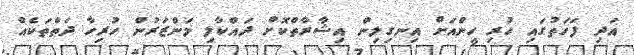
އަދި ފަހަތުގައި ހުރި ހީންއަށް އިނގިލިން އިޝާރާތްކޮށް ދައްކާލި މަންޒަރުން ހުރިހާ ދަތްތަކެއް